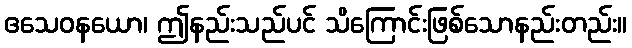
ဧသေဝနယော၊ ဤနည်းသည်ပင် သိကြောင်းဖြစ်သောနည်းတည်း။